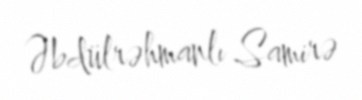
Əbdülrəhmanlı Samirə